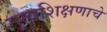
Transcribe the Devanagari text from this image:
नृत्यशिक्षणाचे